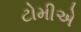
ટોમીએ